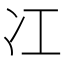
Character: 冮